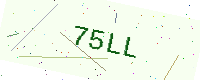
Text: 75LL